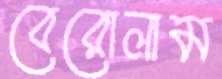
বেরোলাম